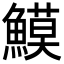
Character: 𩻁